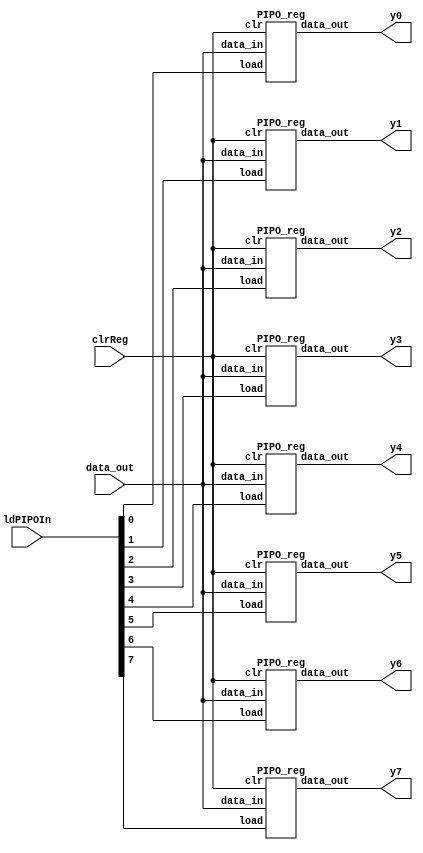
`timescale 1ns / 1ps
//////////////////////////////////////////////////////////////////////////////////
//////////////////////////////////////////////////////////////////////////////////
//
//
//
module PIPOIn(data_out,ldPIPOIn,clrReg,y0,y1,y2,y3,y4,y5,y6,y7);

    input [15:0] data_out;
    input [7:0] ldPIPOIn;
    input clrReg;
    output [15:0]y0,y1,y2,y3,y4,y5,y6,y7;

    // input register
    PIPO_reg Pin0(data_out,ldPIPOIn[0],clrReg,y0);
    PIPO_reg Pin1(data_out,ldPIPOIn[1],clrReg,y1);
    PIPO_reg Pin2(data_out,ldPIPOIn[2],clrReg,y2);
    PIPO_reg Pin3(data_out,ldPIPOIn[3],clrReg,y3);
    PIPO_reg Pin4(data_out,ldPIPOIn[4],clrReg,y4);
    PIPO_reg Pin5(data_out,ldPIPOIn[5],clrReg,y5);
    PIPO_reg Pin6(data_out,ldPIPOIn[6],clrReg,y6);
    PIPO_reg Pin7(data_out,ldPIPOIn[7],clrReg,y7);

endmodule

module PIPOOut(loadOutReg,clrReg,Y0,Y1,Y2,Y3,Y4,Y5,Y6,Y7,Out0,Out1,Out2,Out3,Out4,Out5,Out6,Out7);

    input clrReg,loadOutReg;
    input [15:0]Y0,Y1,Y2,Y3,Y4,Y5,Y6,Y7;
    output [15:0]Out0,Out1,Out2,Out3,Out4,Out5,Out6,Out7;

    // Output Registers
    PIPO_reg Pout0(Y0,loadOutReg,clrReg,Out0);
    PIPO_reg Pout1(Y1,loadOutReg,clrReg,Out1);
    PIPO_reg Pout2(Y2,loadOutReg,clrReg,Out2);
    PIPO_reg Pout3(Y3,loadOutReg,clrReg,Out3);
    PIPO_reg Pout4(Y4,loadOutReg,clrReg,Out4);
    PIPO_reg Pout5(Y5,loadOutReg,clrReg,Out5);
    PIPO_reg Pout6(Y6,loadOutReg,clrReg,Out6);
    PIPO_reg Pout7(Y7,loadOutReg,clrReg,Out7);

endmodule

module PIPO_reg( // 16-Bit Register with PARALLEL LOAD  or PIPO_out with Load
    input [15:0]data_in,
    input load,
    input clr,
    output [15:0]data_out
    );
Reg_1_Bit_out Ro00(.data_in(data_in[0]),  .load(load), .clr(clr), .data_out(data_out[0]));
Reg_1_Bit_out Ro01(.data_in(data_in[1]),  .load(load), .clr(clr), .data_out(data_out[1]));
Reg_1_Bit_out Ro02(.data_in(data_in[2]),  .load(load), .clr(clr), .data_out(data_out[2]));
Reg_1_Bit_out Ro03(.data_in(data_in[3]),  .load(load), .clr(clr), .data_out(data_out[3]));
Reg_1_Bit_out Ro04(.data_in(data_in[4]),  .load(load), .clr(clr), .data_out(data_out[4]));
Reg_1_Bit_out Ro05(.data_in(data_in[5]),  .load(load), .clr(clr), .data_out(data_out[5]));
Reg_1_Bit_out Ro06(.data_in(data_in[6]),  .load(load), .clr(clr), .data_out(data_out[6]));
Reg_1_Bit_out Ro07(.data_in(data_in[7]),  .load(load), .clr(clr), .data_out(data_out[7]));
Reg_1_Bit_out Ro08(.data_in(data_in[8]),  .load(load), .clr(clr), .data_out(data_out[8]));
Reg_1_Bit_out Ro09(.data_in(data_in[9]),  .load(load), .clr(clr), .data_out(data_out[9]));
Reg_1_Bit_out Ro10(.data_in(data_in[10]), .load(load), .clr(clr), .data_out(data_out[10]));
Reg_1_Bit_out Ro11(.data_in(data_in[11]), .load(load), .clr(clr), .data_out(data_out[11]));
Reg_1_Bit_out Ro12(.data_in(data_in[12]), .load(load), .clr(clr), .data_out(data_out[12]));
Reg_1_Bit_out Ro13(.data_in(data_in[13]), .load(load), .clr(clr), .data_out(data_out[13]));
Reg_1_Bit_out Ro14(.data_in(data_in[14]), .load(load), .clr(clr), .data_out(data_out[14]));
Reg_1_Bit_out Ro15(.data_in(data_in[15]), .load(load), .clr(clr), .data_out(data_out[15]));
endmodule

module Reg_1_Bit_out( // 1-Bit Register with PARALLEL LOAD
    input data_in,load,clr,
    output reg data_out
    );
always@(data_in,load,clr)
    begin
        if(clr) data_out <= 1'b0;
        else if(!load) data_out <= data_out;
        else if(load) data_out <= data_in;
    end
endmodule
//
//
//**************************************      PIPO ENDS HERE    *******************************************
//
//
module Multiplexed_DCT_Data(
     input [15:0]Buf_In_0,Buf_In_1,Buf_In_2,Buf_In_3,Buf_In_4,Buf_In_5,Buf_In_6,Buf_In_7,
     input [7:0]ctrl,
     output tri [15:0]Dout
     );
Buffer_16_Bit B0(.Data_in(Buf_In_0[15:0]),.ctrl(ctrl[0]),.Data_out(Dout[15:0]));
Buffer_16_Bit B1(.Data_in(Buf_In_1[15:0]),.ctrl(ctrl[1]),.Data_out(Dout[15:0]));
Buffer_16_Bit B2(.Data_in(Buf_In_2[15:0]),.ctrl(ctrl[2]),.Data_out(Dout[15:0]));
Buffer_16_Bit B3(.Data_in(Buf_In_3[15:0]),.ctrl(ctrl[3]),.Data_out(Dout[15:0]));
Buffer_16_Bit B4(.Data_in(Buf_In_4[15:0]),.ctrl(ctrl[4]),.Data_out(Dout[15:0]));
Buffer_16_Bit B5(.Data_in(Buf_In_5[15:0]),.ctrl(ctrl[5]),.Data_out(Dout[15:0]));
Buffer_16_Bit B6(.Data_in(Buf_In_6[15:0]),.ctrl(ctrl[6]),.Data_out(Dout[15:0]));
Buffer_16_Bit B7(.Data_in(Buf_In_7[15:0]),.ctrl(ctrl[7]),.Data_out(Dout[15:0]));
endmodule

module Multiplexed_Data_Bus( // for test bench
     input [15:0]Buf_In_0,Buf_In_1,
     input ctrl,
     output tri [15:0]Dout
     );
wire comp_ctrl;
not(comp_ctrl,ctrl);
Buffer_16_Bit B0(.Data_in(Buf_In_0[15:0]),.ctrl(comp_ctrl),.Data_out(Dout[15:0]));
Buffer_16_Bit B1(.Data_in(Buf_In_1[15:0]),.ctrl(ctrl),.Data_out(Dout[15:0]));
endmodule

module Multiplexed_Addr_Bus(
     input [5:0]Addr_In_0,Addr_In_1,
     input ctrl,
     output tri [5:0]Addrout
     );
wire comp_ctrl;
not(comp_ctrl,ctrl);
Buffer_6_Bit B0(.Data_in(Addr_In_0[5:0]),.ctrl(comp_ctrl),.Data_out(Addrout[5:0]));
Buffer_6_Bit B1(.Data_in(Addr_In_1[5:0]),.ctrl(ctrl),.Data_out(Addrout[5:0]));
endmodule

module Buffer_6_Bit(
     input [5:0]Data_in,
     input ctrl,
     output [5:0]Data_out
     );
bufif1(Data_out[0],  Data_in[0],  ctrl);     
bufif1(Data_out[1],  Data_in[1],  ctrl);     
bufif1(Data_out[2],  Data_in[2],  ctrl);     
bufif1(Data_out[3],  Data_in[3],  ctrl);     
bufif1(Data_out[4],  Data_in[4],  ctrl);     
bufif1(Data_out[5],  Data_in[5],  ctrl);
endmodule

module Buffer_16_Bit(
     input [15:0]Data_in,
     input ctrl,
     output [15:0]Data_out
     );
bufif1(Data_out[0],  Data_in[0],  ctrl);     
bufif1(Data_out[1],  Data_in[1],  ctrl);     
bufif1(Data_out[2],  Data_in[2],  ctrl);     
bufif1(Data_out[3],  Data_in[3],  ctrl);     
bufif1(Data_out[4],  Data_in[4],  ctrl);     
bufif1(Data_out[5],  Data_in[5],  ctrl);     
bufif1(Data_out[6],  Data_in[6],  ctrl);     
bufif1(Data_out[7],  Data_in[7],  ctrl);     
bufif1(Data_out[8],  Data_in[8],  ctrl);     
bufif1(Data_out[9],  Data_in[9],  ctrl);     
bufif1(Data_out[10], Data_in[10], ctrl);     
bufif1(Data_out[11], Data_in[11], ctrl);     
bufif1(Data_out[12], Data_in[12], ctrl);     
bufif1(Data_out[13], Data_in[13], ctrl);     
bufif1(Data_out[14], Data_in[14], ctrl);     
bufif1(Data_out[15], Data_in[15], ctrl); 
endmodule
//
//
//************************************  MULTIPLEXED BUSES ENDS HERE  ****************************************
//
//
module MOD_8_Counter(
    input clk,clr,inc,set,
    output reg [2:0]q
    );
    wire temp;
    // qa => LSB
    // qc => MSB
    always @(negedge clk)
    begin 
        if(clr) q <= 3'b000;
        else if (inc) q<= q+1;
        else if (set) q<= 3'b111;
        else q <= q;
    end
endmodule

module AddSub(out,in1,in2,oper);
input oper;
input [15:0] in1,in2;
output reg [15:0] out;

always @(*)
begin 
if(oper) out = in1 - in2;
else out = in1 + in2; 
end

endmodule

module Dff ( d,q,clk,clr);
    input d,clk,clr;
    output reg q;

    always @(posedge clk)
	   begin
		  if(clr) q <= 1'b0;
		  else q <= d;
	   end

endmodule

module Counter(count,clk,ld,decr);
	input decr,ld,clk;
	output reg [4:0] count;
	always @(negedge clk)
	begin
		if(ld) count <= 5'd16;
		else if (decr) count <= count-1;
	end
endmodule

module shiftReg(data_in,data_out,SR_in,clk,ld,clr,sft);
    input clk,SR_in,ld,clr,sft;
    input [15:0] data_in;
    output reg [15:0] data_out;

    always @(negedge clk)
	   begin
		  if(clr) data_out<=0;
		  else if(ld) data_out <= data_in;
		  else if(sft) data_out <= {SR_in,data_out[15:1]};
	   end
endmodule

module PIPOReg (data_in,data_out,clk,ld);
	input [15:0] data_in;
	input clk,ld;
	output reg [15:0] data_out;

	always @(negedge clk)
	begin
		if(ld) data_out <= data_in;
	end
endmodule